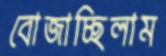
বোজাচ্ছিলাম